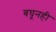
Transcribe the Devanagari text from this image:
बघूनही